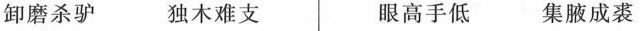
卸磨杀驴 独木难支 眼高手低 集腋成裘